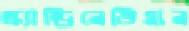
স্ক্যান্ডিনেভিয়ান